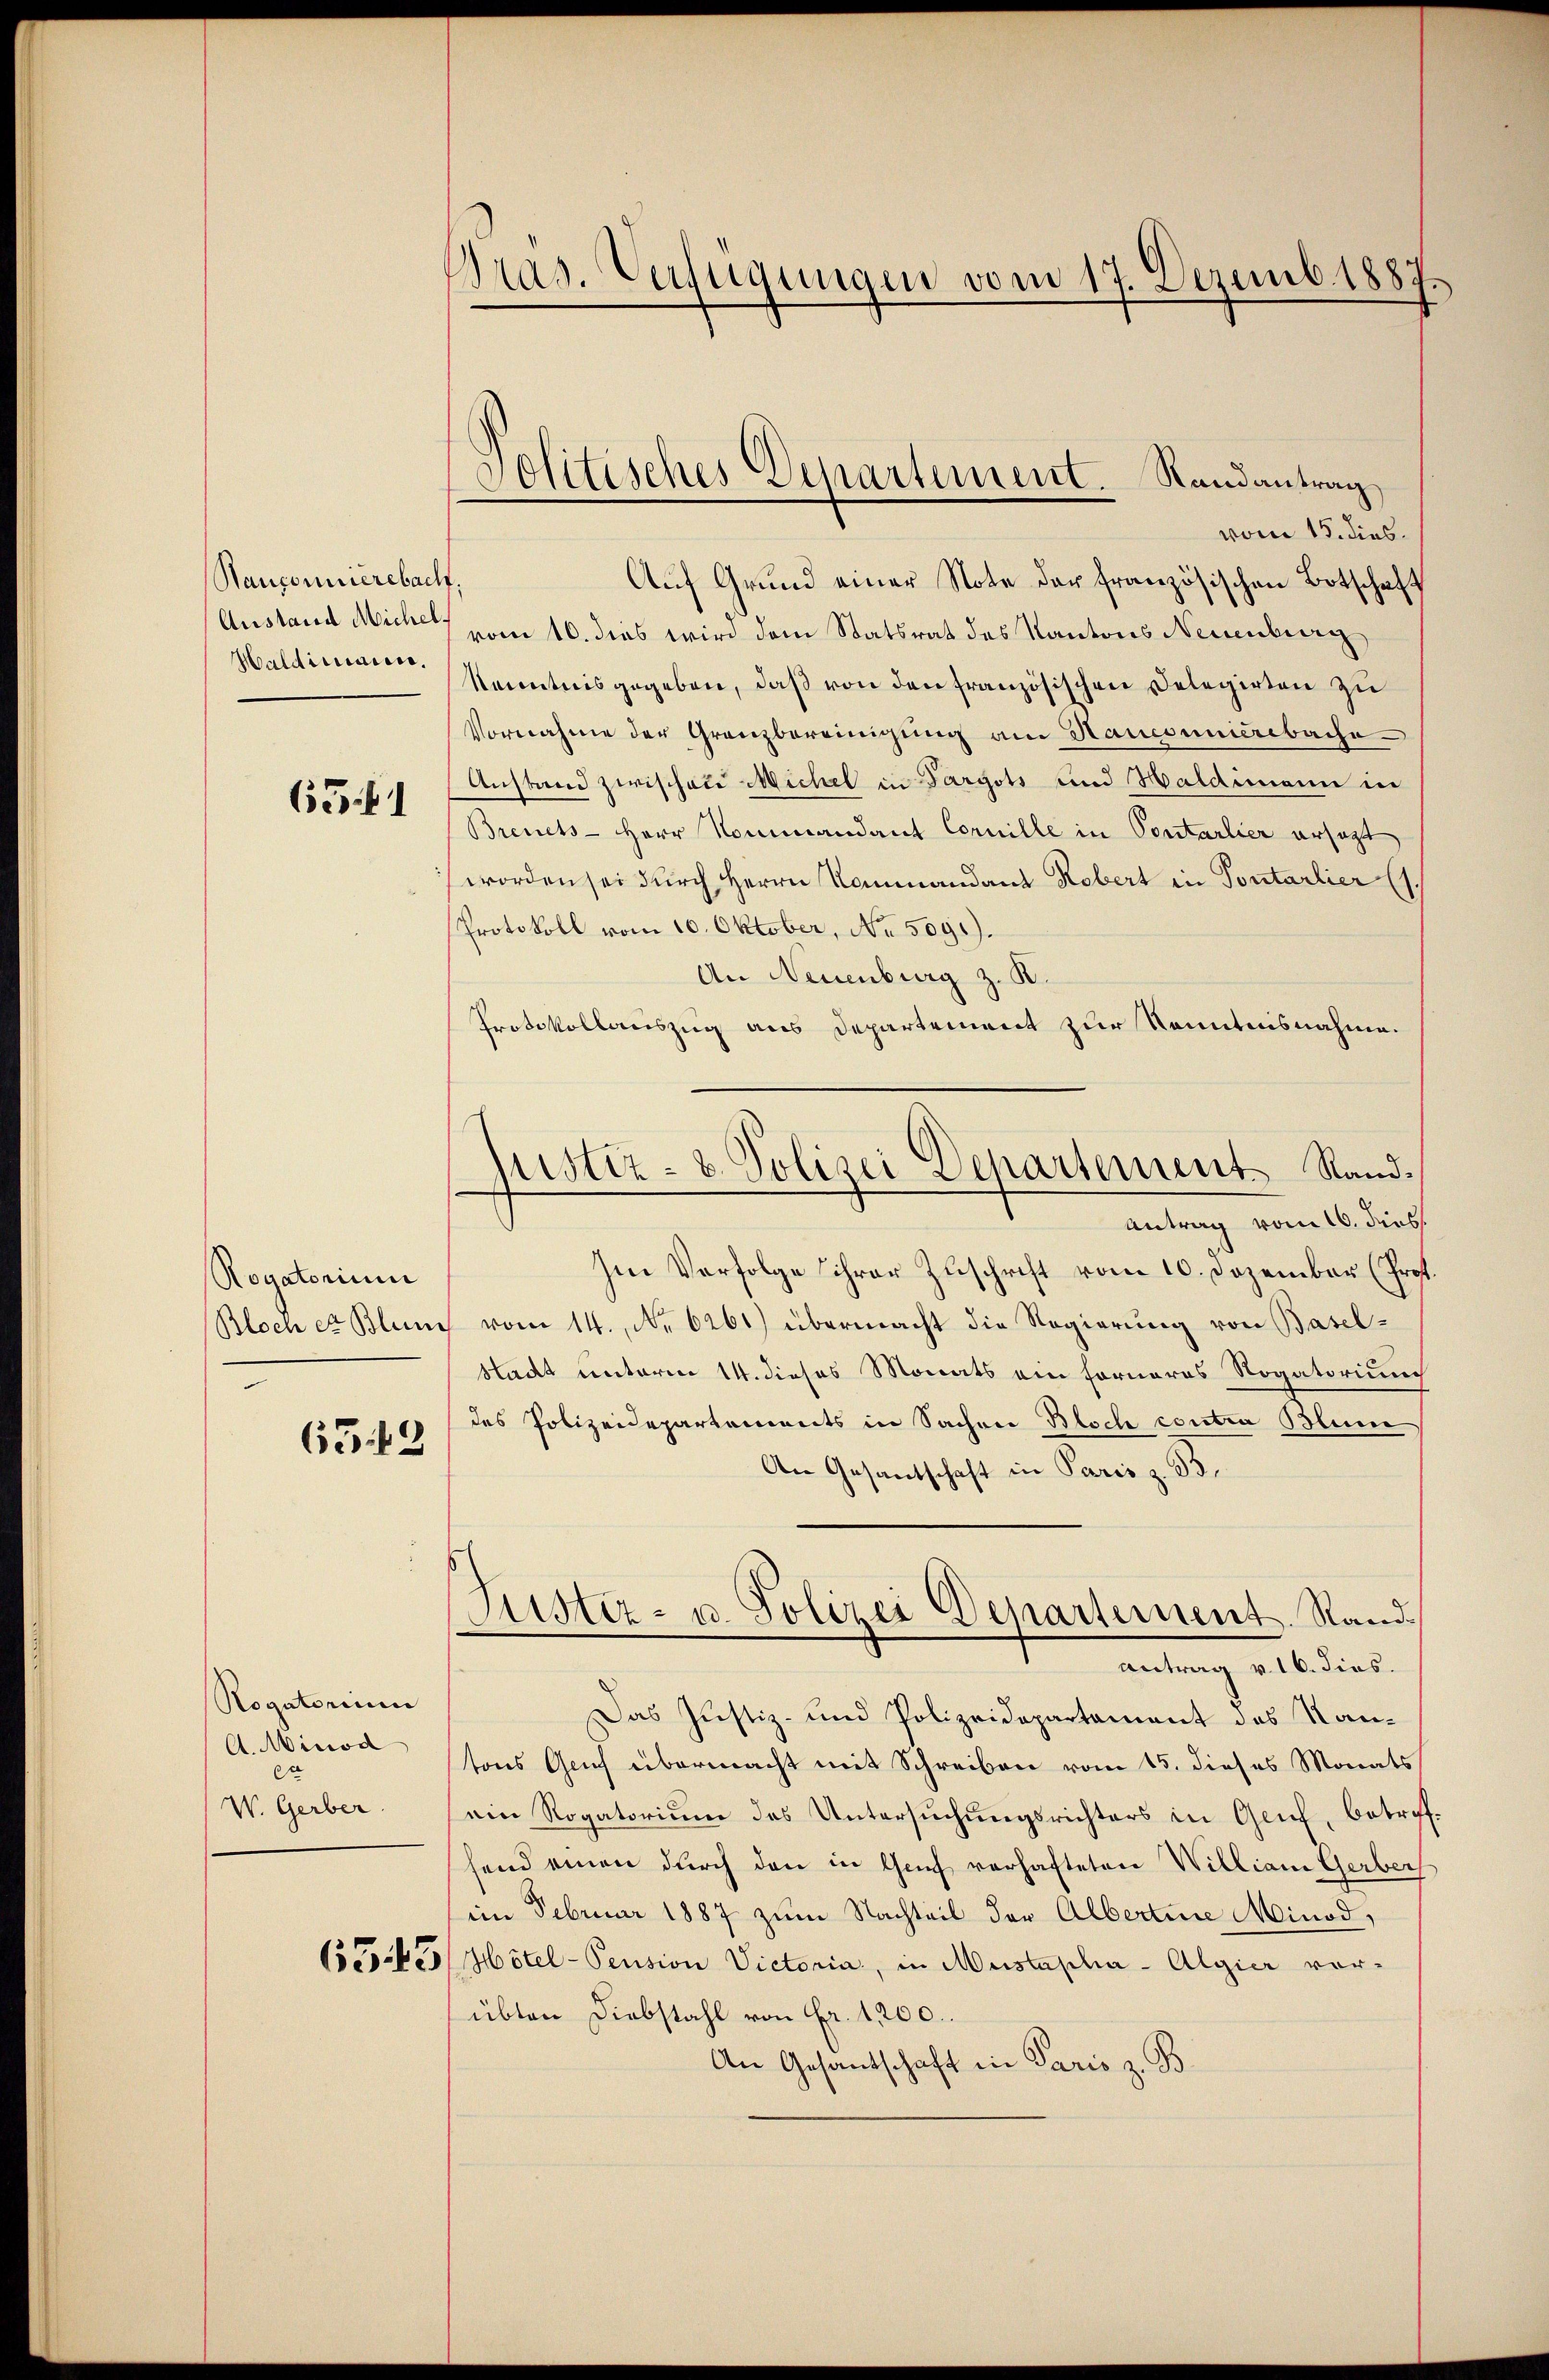
Hanponierebach.
Austand Michel
Haldirecaces.

63 f 1

Rogatorium
Bloch er Blum

653

Rogatorium
A. Minod
ca
W. Gerber.

Gras. Verfügungen vom 17. Dezemb. 1887.

Jolitisches Departement. Randantrag

vom 15. dies.
Auf Grund einer Note der französischen Botschaft
vom 16. dies wird dem Statsrat des Kantons Neuenburg
Kenntnis gegeben, daß von den französischen Delegirten zu
Vornahme der Granzbereinigung am Haucsumierebache
Anstand zwischete Michel in Gargots und Haldimann in
Breuets - Herr Nommandant Cornille in Pontarlier ersagt
worden sei durch Herrn Kommandant Robert in Pontarlier (s.
Protokoll vom 10. Oktober, No 5091).
An Neuenburg z. B.
Protokollauszug aus Departement zur Kenntnisnahme.
Antrag vom 16. dies
Im Verfolge ihrer Zuschrift vom 10. Dezember (Prof.
c vom 14. No. 6261) übermacht die Regierung von Basel¬
Stadt unterm 14. dieses Monats ein Forneres Rogatorium
des Polizeidepartements in Sachen Besch contra Blume
An Gesantschaft in Paris z. B.
Justiz- u. Polizei Departement. Sand¬
Antrag v. 16. dies.
Das Justiz- und Polizeidepartament des Kantons Gruf übermacht mit Schreiben vom 15. dieses Monats
ein Rogatorium des Untersuchungsrichters in Gruf, betreffend einen durch den in Genf verhafteten Williani Gerber
im Februar 1887 zum Nachteil der Albertinie Minod,
1555. 435/Mötel-Pension Victoria, in Meistandha-Algier vorübten Diebstahl von Fr. 1200.
An Gesandschaft in Paris z. B.

Justiz- & Polizei Departement Rand¬